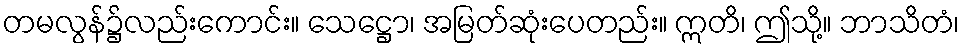
တမလွန်၌လည်းကောင်း။ သေဋ္ဌော၊ အမြတ်ဆုံးပေတည်း။ ဣတိ၊ ဤသို့။ ဘာသိတံ၊